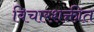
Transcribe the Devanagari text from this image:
विचारशक्तीत